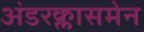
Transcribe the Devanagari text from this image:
अंडरक्लासमेन